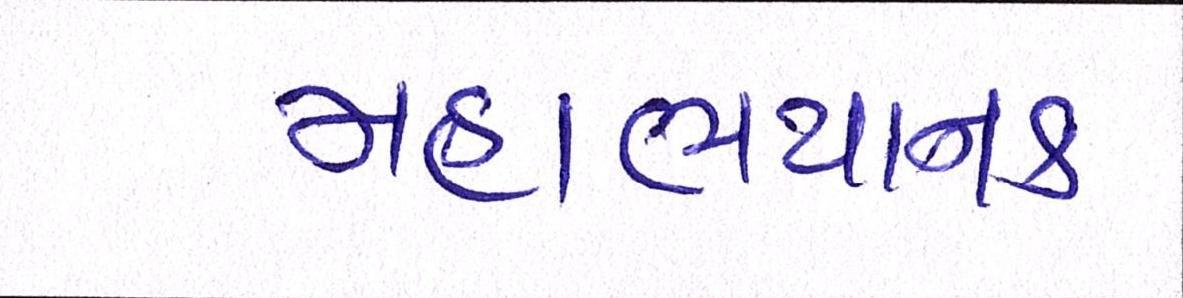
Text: મહાભયાનક